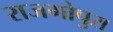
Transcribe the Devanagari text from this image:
राजगोपुरा